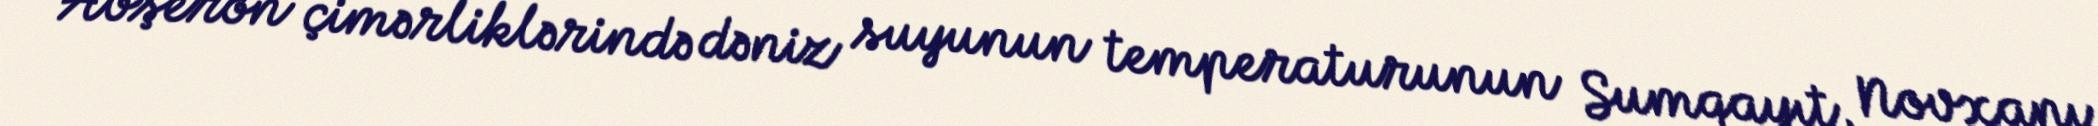
Abşeron çimərliklərində dəniz suyunun temperaturunun Sumqayıt, Novxanı,